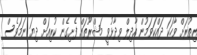
އިތުރަށް ވާހަކަ ދައްކަވަމުން އާދިލް ވިދާޅުވީ މަޝްރޫތައް ފެށިގެން ކުރިއަށް ދިޔަ ނަމަވެސް